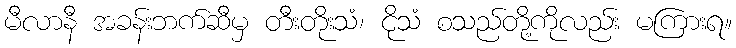
မီလာနီ အခန်းဘက်ဆီမှ တီးတိုးသံ၊ ငိုသံ စသည်တို့ကိုလည်း မကြားရ။